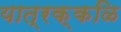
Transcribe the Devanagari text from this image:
यात्रक्कळि